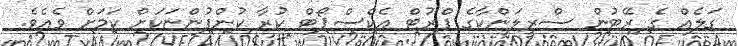
ގަލެއް ގެ ރޭޓުން ސްރީލަންކާގެ ފްރުޓް އެކްސްޕޯޓް ކުރާ ކުންފުންޏަކަށް ކަމަށް ވެއެވެ.